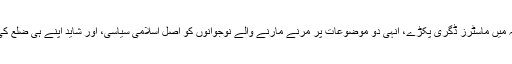
ملت تو اقبال کے خیال میں “نیل کے ساحل سے تا بخاک کاشغر” ہے، مگر تاریخ و جغرافیہ میں ماسٹرز ڈگری پکڑے، انہی دو موضوعات پر مرنے مارنے والے نوجوانوں کو اصل اسلامی سیاسی، اور شاید اپنے ہی ضلع کی تاریخ معلوم نہ ہو، مگر انہی دونوں موضوعات پر ان کی نعرہ بازی یقیناً دیدنی ہوتی ہے۔